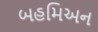
બહમિઅન